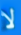
لا